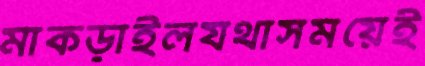
মাকড়াইলযথাসময়েই